Papers set at the Examination for Leaving Certificates, 1891
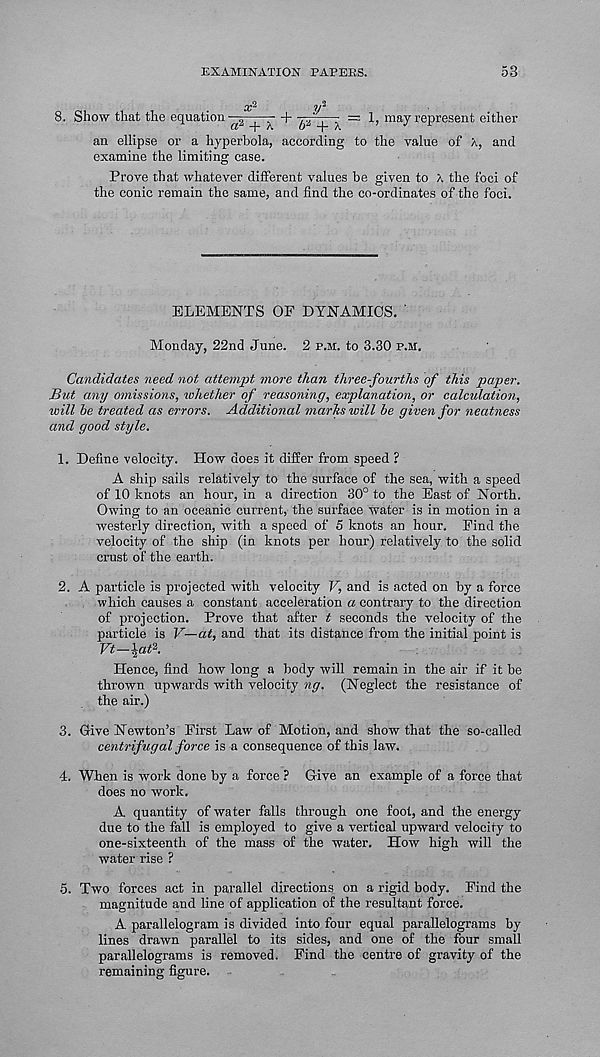
EXAMINATION PAPERS.
53
OC^
r lP‘
8. Show that the equation - 2 . ■ + ■ a
■ = 1, may represent either
Ct "p A
O “p A
an ellipse or a hyperbola, according to the value of a, and
examine the limiting case.
Prove that whatever different values be given to X the foci of
the conic remain the same, and find the co-ordinates of the foci.
ELEMENTS OF DYNAMICS. '
Monday, 22nd June. 2 p.m. to 3.30 p.h.
Candidates need not attempt more than three-fourths of this paper.
But any omissions, whether of reasoning, explanation, or calculation,
will be treated as errors. Additional marhs will be given for neatness
and good style.
1. Define velocity. How does it differ from speed ?
A ship sails relatively to the surface of the sea, with a speed
of 10 knots an hour, in a direction 30° to the East of North.
Owing to an oceanic current, the surface water is in motion in a
westerly direction, with a speed of 5 knots an hour. Find the
velocity of the ship (in knots per hour) relatively to the solid
crust of the earth.
2. A particle is projected with velocity V, and is acted on by a force
which causes a constant acceleration a contrary to the direction
of projection. Prove that after t seconds the velocity of the
particle is V—at, and that its distance from the initial point is
Vt-\at\
Hence, find how long a body will remain in the air if it be
thrown upwards with velocity 7ig. (Neglect the resistance of
the air.)
3. Give Newton’s First Law of Motion, and show that the so-called
centrifugal force is a consequence of this law.
4. When is work done by a force ? Give an example of a force that
does no work.
A quantity of water falls through one foot, and the energy
due to the fall is employed to give a vertical upward velocity to
one-sixteenth of the mass of the water. How high will the
water rise ?
5. Two forces act in parallel directions on a rigid body. Find the
magnitude and line of application of the resultant force.
A parallelogram is divided into four equal parallelograms by
lines drawn parallel to its sides, and one of the four small
parallelograms is removed. Find the centre of gravity of the
remaining figure.